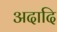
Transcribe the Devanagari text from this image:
अदादि